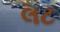
લટ